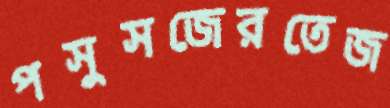
পসুসজেরতেজ